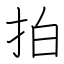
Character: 拍